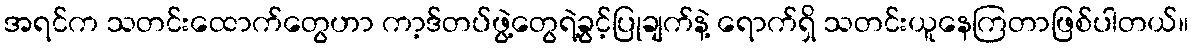
အရင်က သတင်းထောက်တွေဟာ ကာ့ဒ်တပ်ဖွဲ့တွေရဲ့ခွင့်ပြုချက်နဲ့ ရောက်ရှိ သတင်းယူနေကြတာဖြစ်ပါတယ်။